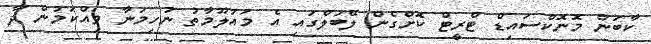
ކާބަން މޮނޮކްސައިޑް ޓްރީޓް ކޮށްގެން ލޭބަލްގައި އެ މައުލޫމާތު ނުހިމަނާ ވިއްކަމުން ދާ